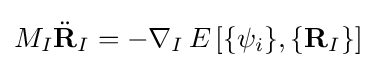
M_{I}{\ddot {\mathbf {R} }}_{I}=-\nabla _{I}\,E\left[\{\psi _{i}\},\{\mathbf {R} _{I}\}\right]